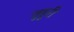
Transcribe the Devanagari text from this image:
जुहूरी